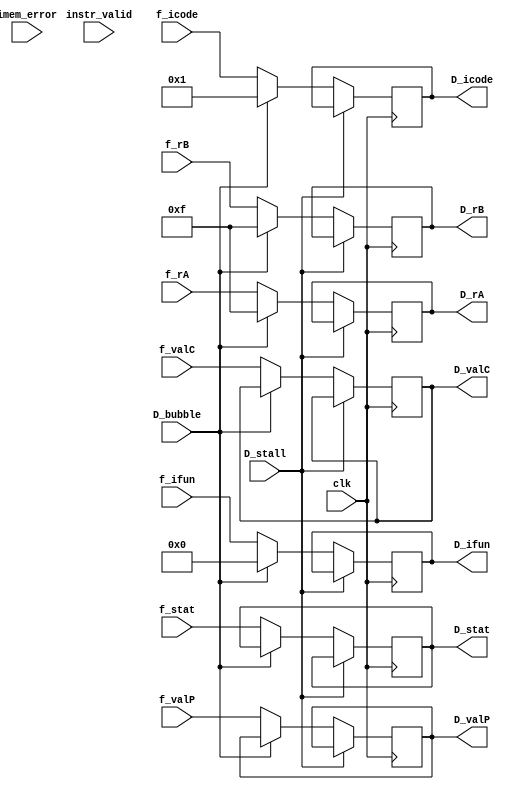
module D_register(clk, f_stat, f_icode, f_ifun, f_rA, f_rB, f_valC, f_valP,imem_error,instr_valid, D_stat, D_stall, D_bubble, D_icode, D_ifun,D_rA,D_rB,D_valC,D_valP); 

input clk,imem_error, instr_valid, D_bubble, D_stall;
input [3:0] f_rA, f_rB, f_icode,f_ifun;
input [63:0] f_valC, f_valP;
input [2:0] f_stat;

output reg [3:0] D_rA, D_rB, D_icode, D_ifun;
output reg [63:0] D_valC, D_valP;
output reg [2:0] D_stat;

initial begin 
    D_stat = 3'd1;
end
always @(posedge(clk)) begin 
    if (D_stall == 1'b0) //not a stall so update values otherwise previous values stay
    begin 
       
        if (D_bubble == 1'b0) begin 
            D_icode <= f_icode; 
            D_ifun <= f_ifun;
            D_rA <= f_rA;
            D_rB <= f_rB;
            D_valC <= f_valC;
            D_valP <= f_valP;
            D_stat <= f_stat;
           
        // // aok = 1, imem= 2, invalid_instr = 2, halt = 4
        // if (imem_error == 1'b1)
        // D_stat <= 3'd2;
        // else if (instr_valid == 1'b0)
        // D_stat <= 3'd3;
        // else if (f_icode == 4'h0)
        // D_stat <= 3'd4;
        // else
        // D_stat <= 3'd1;
        end
        else begin //D_bubble = 1 implies a dynamic nop- encoded as 10
            D_icode <= 4'h1;
            D_ifun <= 4'h0; 
            D_rA <= 4'hF;
            D_rB <= 4'hF;           
        end
    end
end
endmodule